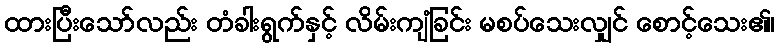
ထားပြီးသော်လည်း တံခါးရွက်နှင့် လိမ်းကျံခြင်း မစပ်သေးလျှင် စောင့်သေး၏၊